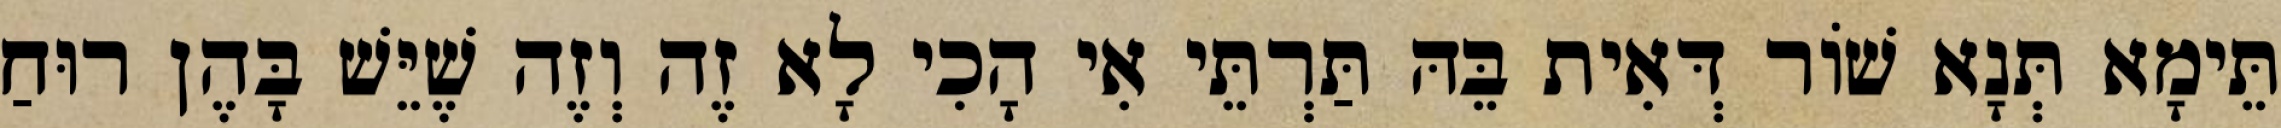
תֵּימָא תְּנָא שׁוֹר דְּאִית בֵּהּ תַּרְתֵּי אִי הָכִי לָא זֶה וְזֶה שֶׁיֵּשׁ בָּהֶן רוּחַ